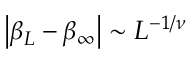
\left| \beta _ { L } - \beta _ { \infty } \right| \sim L ^ { - 1 / \nu }